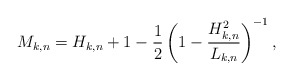
\begin{align*}M_{k,n}=H_{k,n}+1-\frac{1}{2}\left(1-\frac{H^2_{k,n}}{L_{k,n}}\right)^{-1},\end{align*}